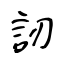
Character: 訒